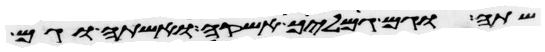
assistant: שתה וגם גמליך אשקה ואשתה וגם